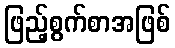
ဖြည့်စွက်စာအဖြစ်